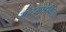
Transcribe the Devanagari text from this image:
मोटसाइकिल